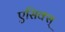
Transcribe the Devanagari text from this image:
एसिक्स्